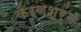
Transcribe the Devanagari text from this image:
करणश्रृंग